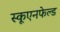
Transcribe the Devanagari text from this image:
स्कूएनफेल्ड